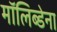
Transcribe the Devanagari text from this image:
मॉलिब्डेना